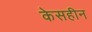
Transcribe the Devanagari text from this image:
केसहीन